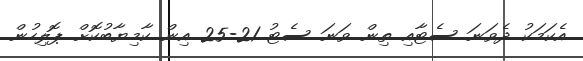
އެކަމަކު ދެވަނަ ސެޓާއި ތިން ވަނަ ސެޓު 21-25 އިން ކާމިޔާބުކޮށް ޕޮލިހުން